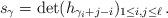
LaTeX: \begin{align*}s_\gamma = \det( h_{\gamma_i + j-i} )_{1 \le i, j \le \ell}\,.\end{align*}